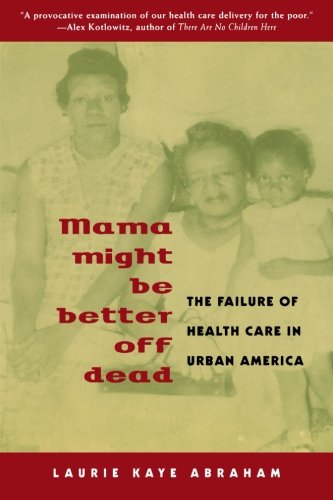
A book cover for Mama Might Be Better Off Dead: The Failure of Health Care in Urban America; Laurie Kaye Abraham; Medical Books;